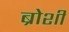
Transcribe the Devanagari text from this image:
ब्रोशी